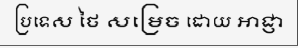
ប្រទេស ថៃ សម្រេច ដោយ អាជ្ញា